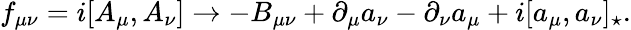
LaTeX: f_{\mu\nu}=i[A_{\mu},A_{\nu}]\rightarrow-B_{\mu\nu}+\partial_{\mu}a_{\nu}-\partial_{\nu}a_{\mu}+i[a_{\mu},a_{\nu}]_{\star}.